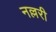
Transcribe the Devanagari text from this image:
नल्लरी